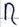
Text: R